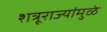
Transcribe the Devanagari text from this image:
शत्रूराज्यांमुळे